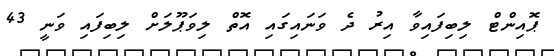
ޕޮއިންޓް ލިބިފައިވާ އިރު ދެ ވަނައިގައި އޮތް ލިވަޕޫލަށް ލިބިފައި ވަނީ 43